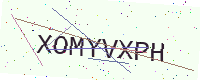
Text: XOMYVXPH